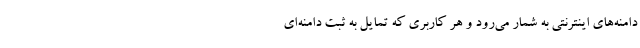
دامنه‌های اینترنتی به شمار می‌رود و هر کاربری که تمایل به ثبت دامنه‌ای